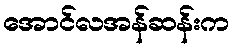
အောင်လအန်ဆန်းက